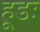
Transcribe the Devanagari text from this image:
हूडः